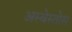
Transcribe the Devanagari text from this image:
अस्बेस्तोस